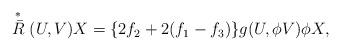
LaTeX: \begin{align*} \stackrel{*}{\bar{R}}(U,V)X=\{2f_2+2(f_1-f_3)\}g(U,\phi V)\phi X, \end{align*}